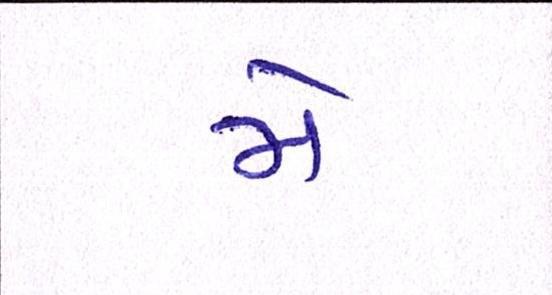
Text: મે